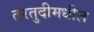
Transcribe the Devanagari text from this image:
तरतुदीमधील